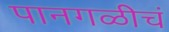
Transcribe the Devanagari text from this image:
पानगळीचं